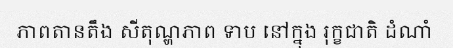
ភាពតានតឹង សីតុណ្ហភាព ទាប នៅក្នុង រុក្ខជាតិ ដំណាំ